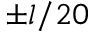
\pm l / 2 0